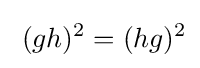
\;(gh)^{2}=(hg)^{2}